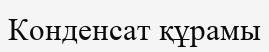
Конденсат құрамы